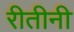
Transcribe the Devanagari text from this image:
रीतीनी